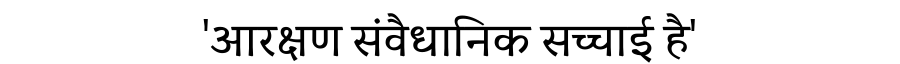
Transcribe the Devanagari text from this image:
'आरक्षण संवैधानिक सच्चाई है'